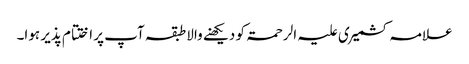
علامہ کشمیری علیہ الرحمۃ کو دیکھنے والا طبقہ آپ پر اختتام پذیر ہوا۔